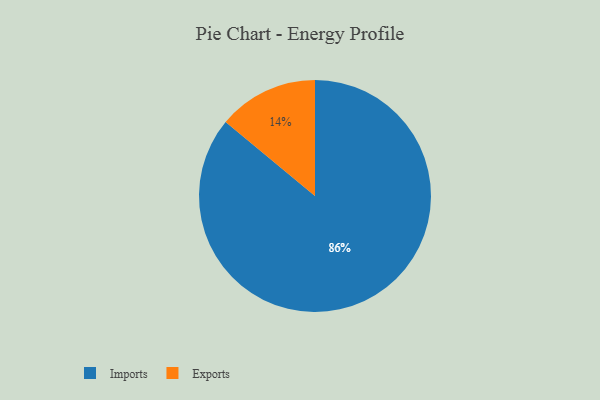
{"axis": {"x": "Category", "y": "Percentage"}, "legend": ["Exports", "Imports"], "data": [{"x": "Exports", "y": 14, "type": "Exports"}, {"x": "Imports", "y": 86, "type": "Imports"}]}